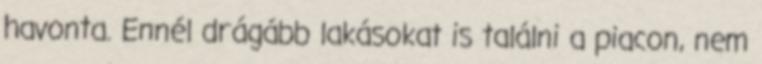
havonta. Ennél drágább lakásokat is találni a piacon, nem